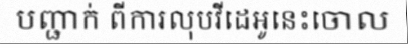
បញ្ជាក់ ពីការលុបវីដេអូនេះចោល